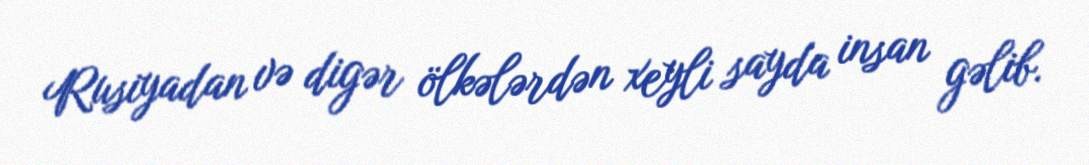
Rusiyadan və digər ölkələrdən xeyli sayda insan gəlib.